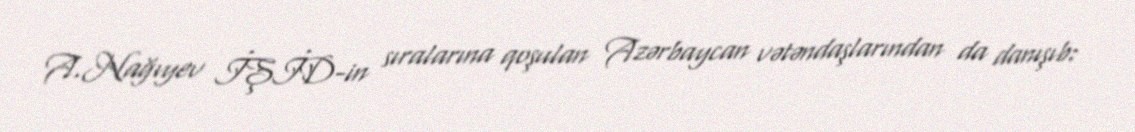
A.Nağıyev İŞİD-in sıralarına qoşulan Azərbaycan vətəndaşlarından da danışıb: